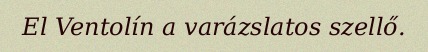
El Ventolín a varázslatos szellő.